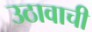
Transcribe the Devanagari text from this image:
उठावाची